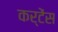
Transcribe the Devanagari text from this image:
कर्टेंस